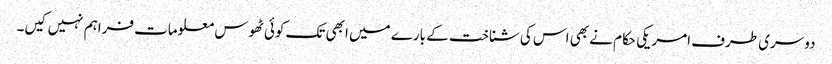
دوسری طرف امریکی حکام نے بھی اس کی شناخت کے بارے میں ابھی تک کوئی ٹھوس معلومات فراہم نہیں کیں۔